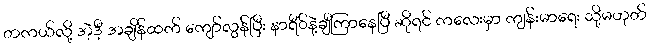
တကယ်လို့ အဲ့ဒီ့ အချိန်ထက် ကျော်လွန်ပြီး နာရီ်နဲ့ချီကြာနေပြီ ဆိုရင် ကလေးမှာ ကျန်းမာရေး သို့မဟုတ်